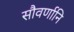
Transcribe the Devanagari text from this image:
सौवर्णानि